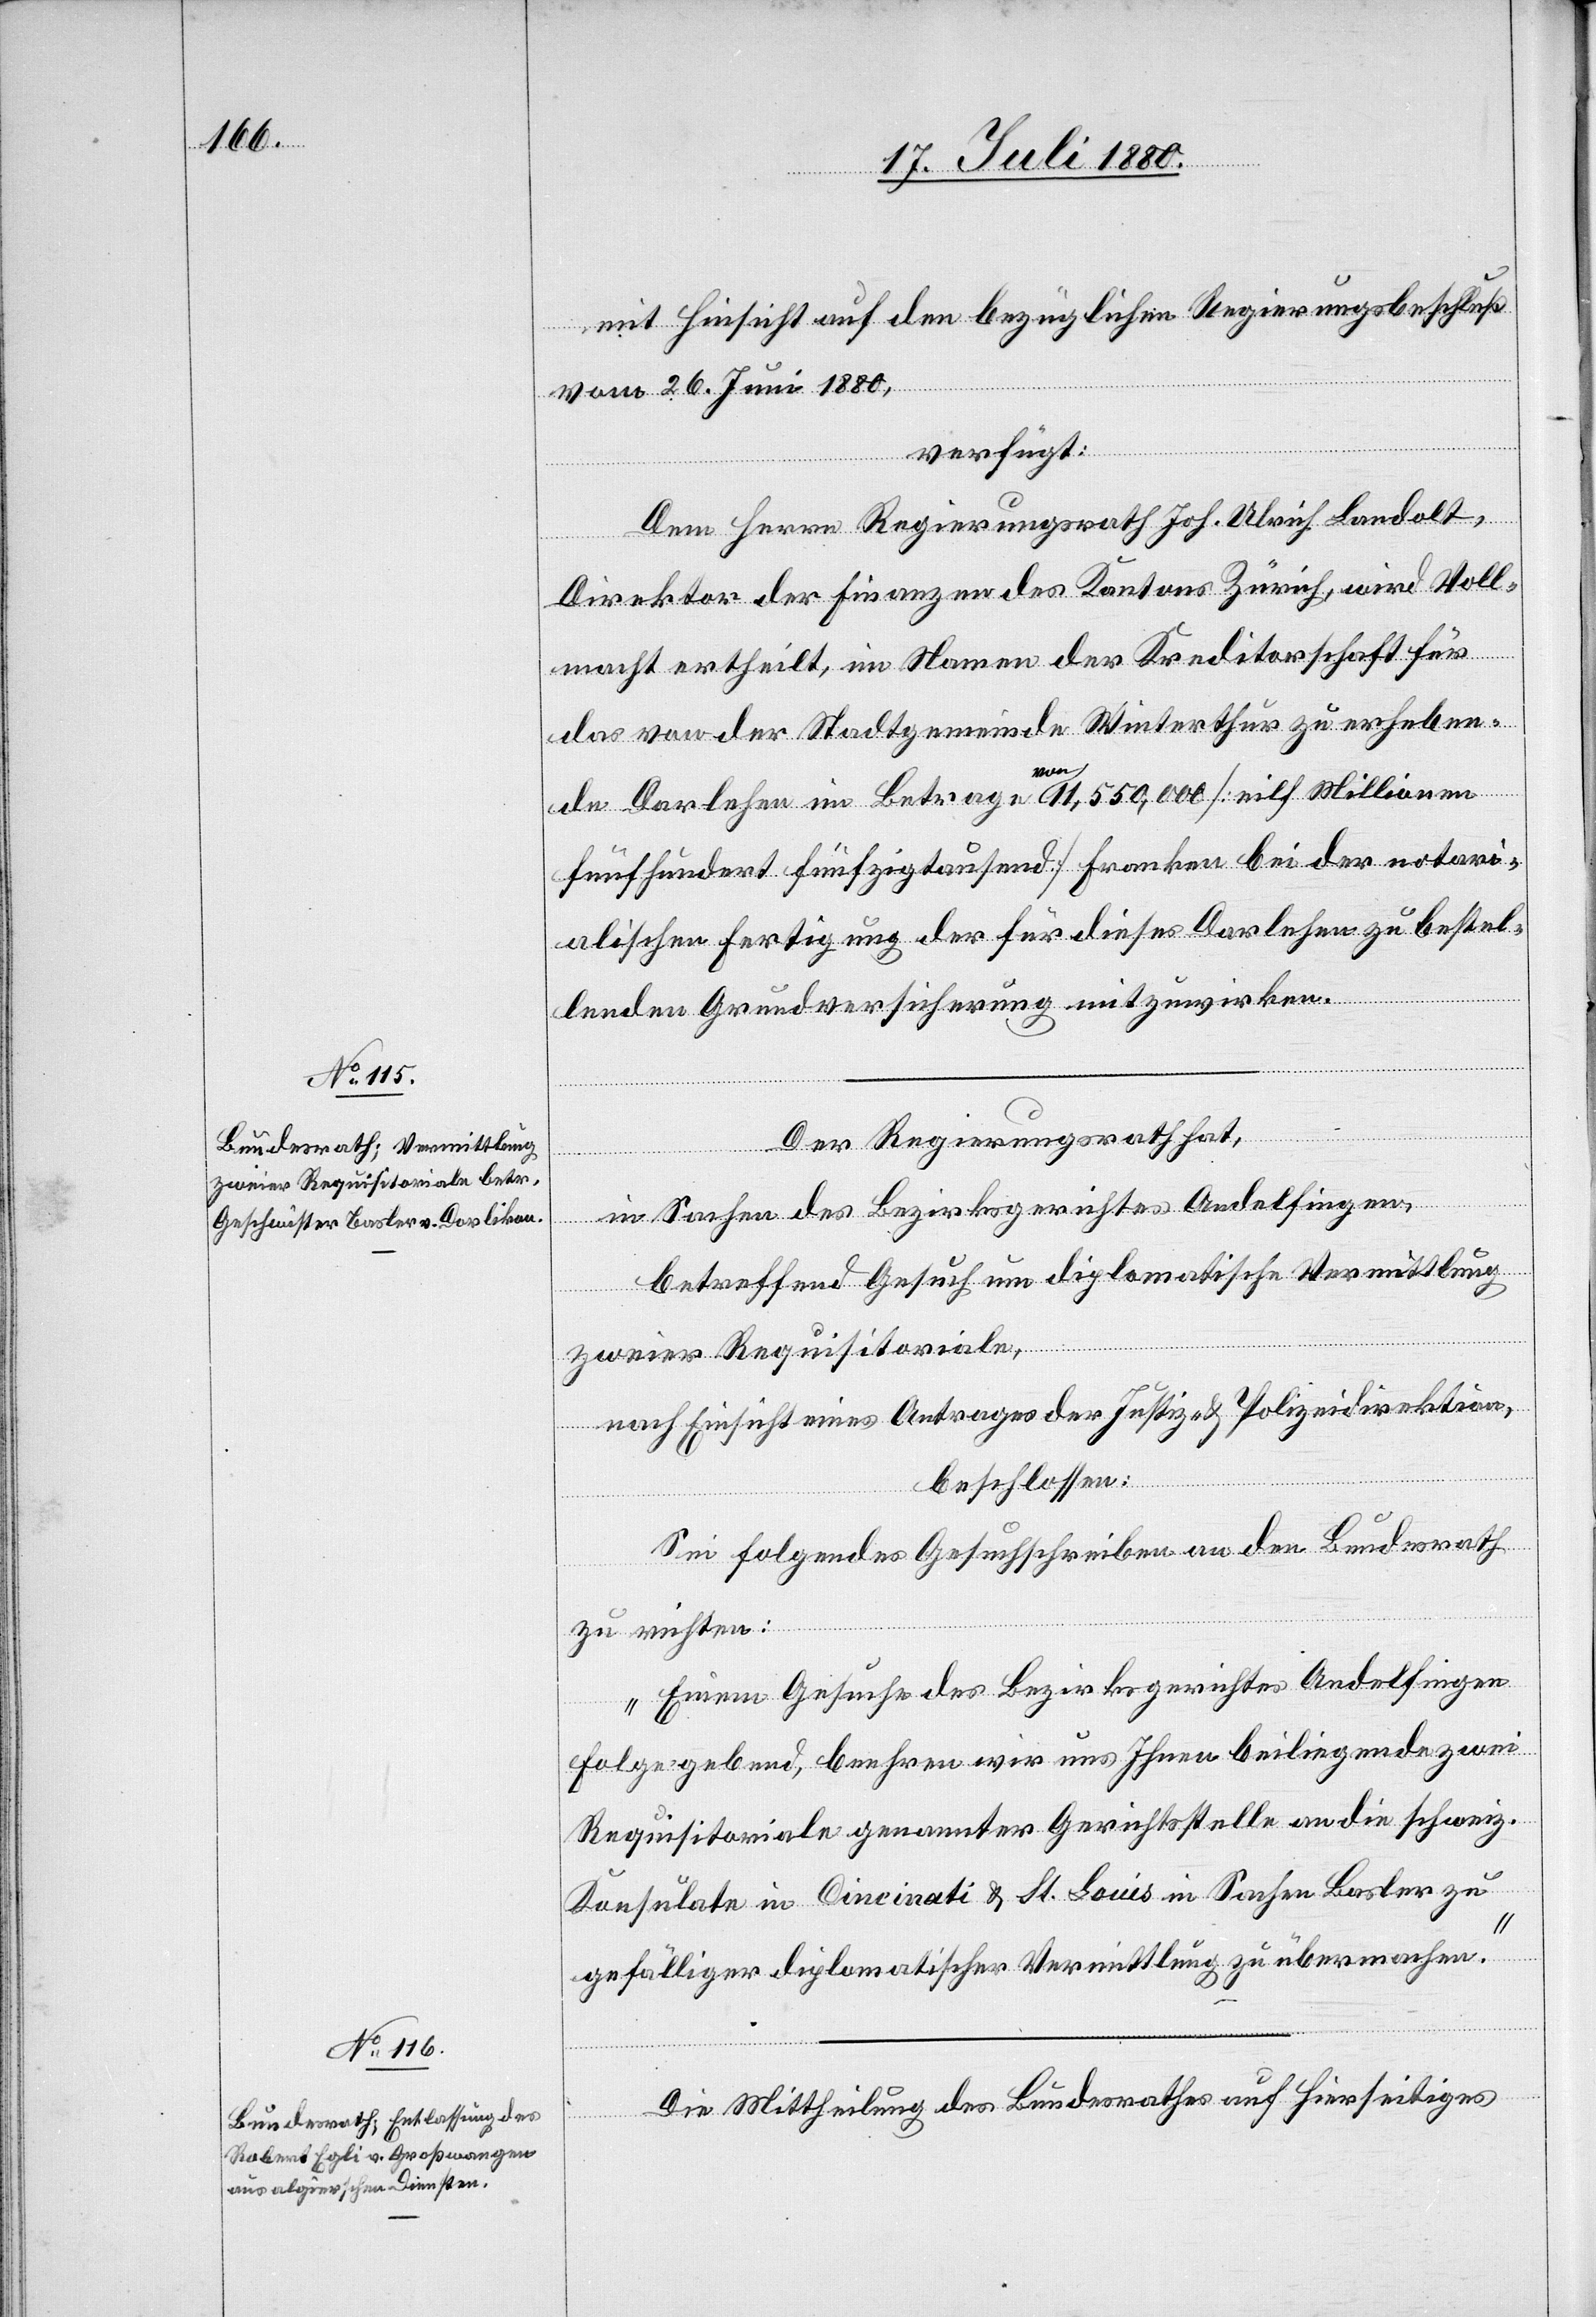
20. Juli 1880.]
mit Einsicht auf den bezüglichen Regierungsbeschluß
vom 26. Juni 1880,
verfügt:
Dem Herrn Regierungsrath Joh. Ulrich Landolt,
Direktor der Finanzen des Kantons Zürich wird Voll¬
macht ertheilt, im Namen der Kreditorschaft für
das von der Stadtgemeinde Winterthur zu erheben¬
de Darlehen im Betrage von 11,550,000 [elf Millionen
fünfhundert fünfzigtausend] Franken bei der notari¬
alischen Fertigung der für diese Darlehen zu bestel¬
lenden Grundversicherung mitzuwirken.
Der Regierungsrath hat,
in Sachen des Bezirksgerichtes Andelfingen,
betreffend Gesuch um diplomatische Vermittlung
zweier Requisitoriale,
nach Einsicht eines Antrages der Justiz- & Polizeidirektion,
beschlossen:
Sei folgendes Gesuchschreiben an den Bundesrath
zu richten:
„Einem Gesuche des Bezirksgerichtes Andelfingen
folgegebend, beehren wir uns Ihnen beiliegende zwei
Requisitoriale genannter Gerichtsstelle an die schweiz.
Konsulate in Cincinati & St. Louis in Sachen Basler zu
gefälliger diplomatischer Vermittlung zu übermachen.“
Die Mittheilung des Bundesrathes auf Hierseitiges